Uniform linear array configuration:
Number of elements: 24
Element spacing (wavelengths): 0.75
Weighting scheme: hamming
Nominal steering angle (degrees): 0
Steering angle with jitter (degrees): -1.879
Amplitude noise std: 0.05
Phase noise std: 0.05

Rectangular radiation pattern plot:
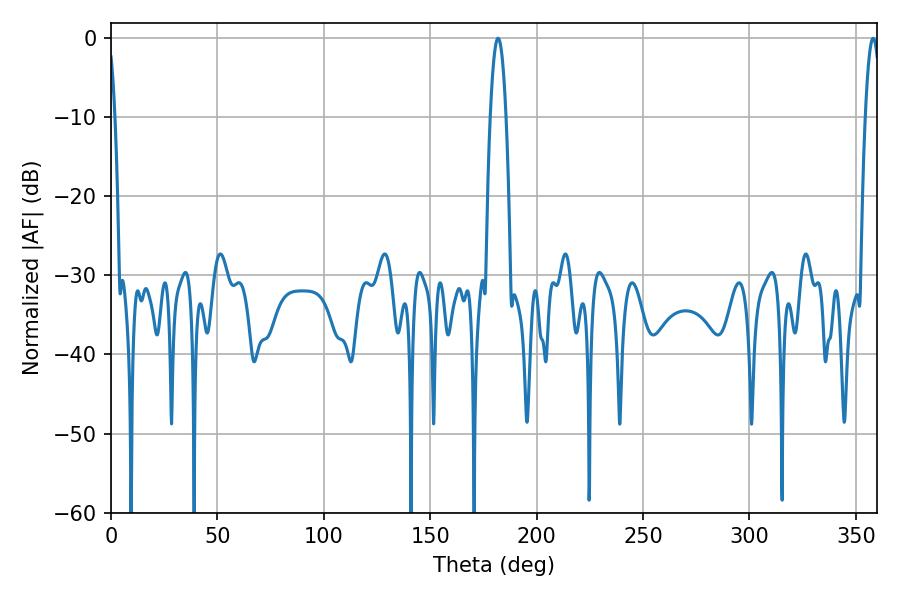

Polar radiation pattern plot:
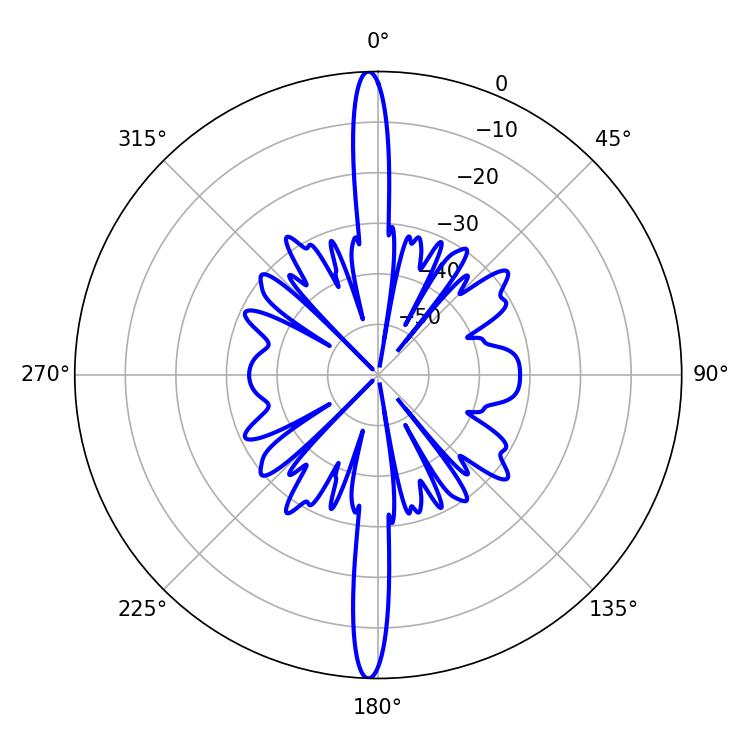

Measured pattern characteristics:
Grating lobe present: TRUE
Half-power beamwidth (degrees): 4.14
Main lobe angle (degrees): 181.8